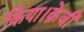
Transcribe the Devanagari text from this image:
किया।क्रेजी